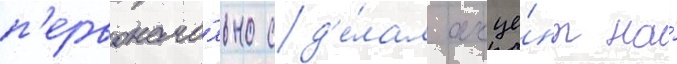
п'ервонача́льно сд'е́лал акце́нт на́